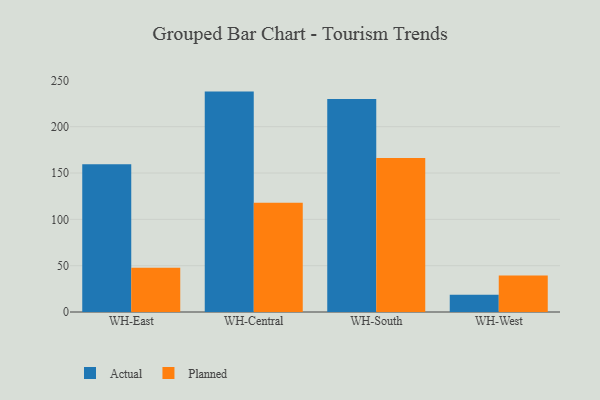
{"axis": {"x": "Warehouse", "y": "Tickets Resolved"}, "legend": ["Actual", "Planned"], "data": [{"x": "WH-East", "y": 159.5, "type": "Actual"}, {"x": "WH-East", "y": 47.7, "type": "Planned"}, {"x": "WH-Central", "y": 237.9, "type": "Actual"}, {"x": "WH-Central", "y": 118.0, "type": "Planned"}, {"x": "WH-South", "y": 230.0, "type": "Actual"}, {"x": "WH-South", "y": 166.3, "type": "Planned"}, {"x": "WH-West", "y": 18.6, "type": "Actual"}, {"x": "WH-West", "y": 39.3, "type": "Planned"}]}